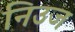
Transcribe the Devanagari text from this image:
निउज